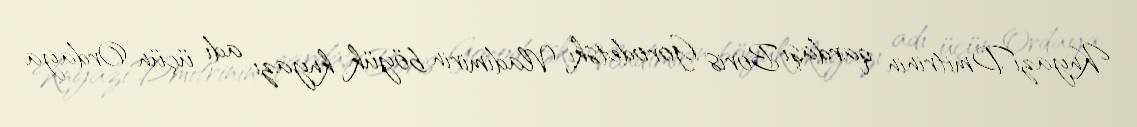
KnyazıDmitrinin qardaşı Boris Gorodetski Vladimirin böyük knyazı adı üçün Ordaya